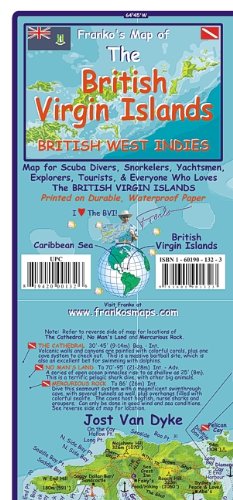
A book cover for Franko's Map of the British Virgin Islands: Map for Scuba Divers, Snorkelers, Yachtsmen, Tourists & Everyone Who Loves the British Virgin Islands: Pri; Sports & Outdoors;